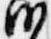
沙